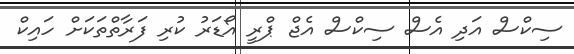
ސިކްސް އަދި އެސް ސިކްސް އެޖް ޕްރީ އޯޑަރު ކުރި ފަރާތްތަކަށް ހައިކް